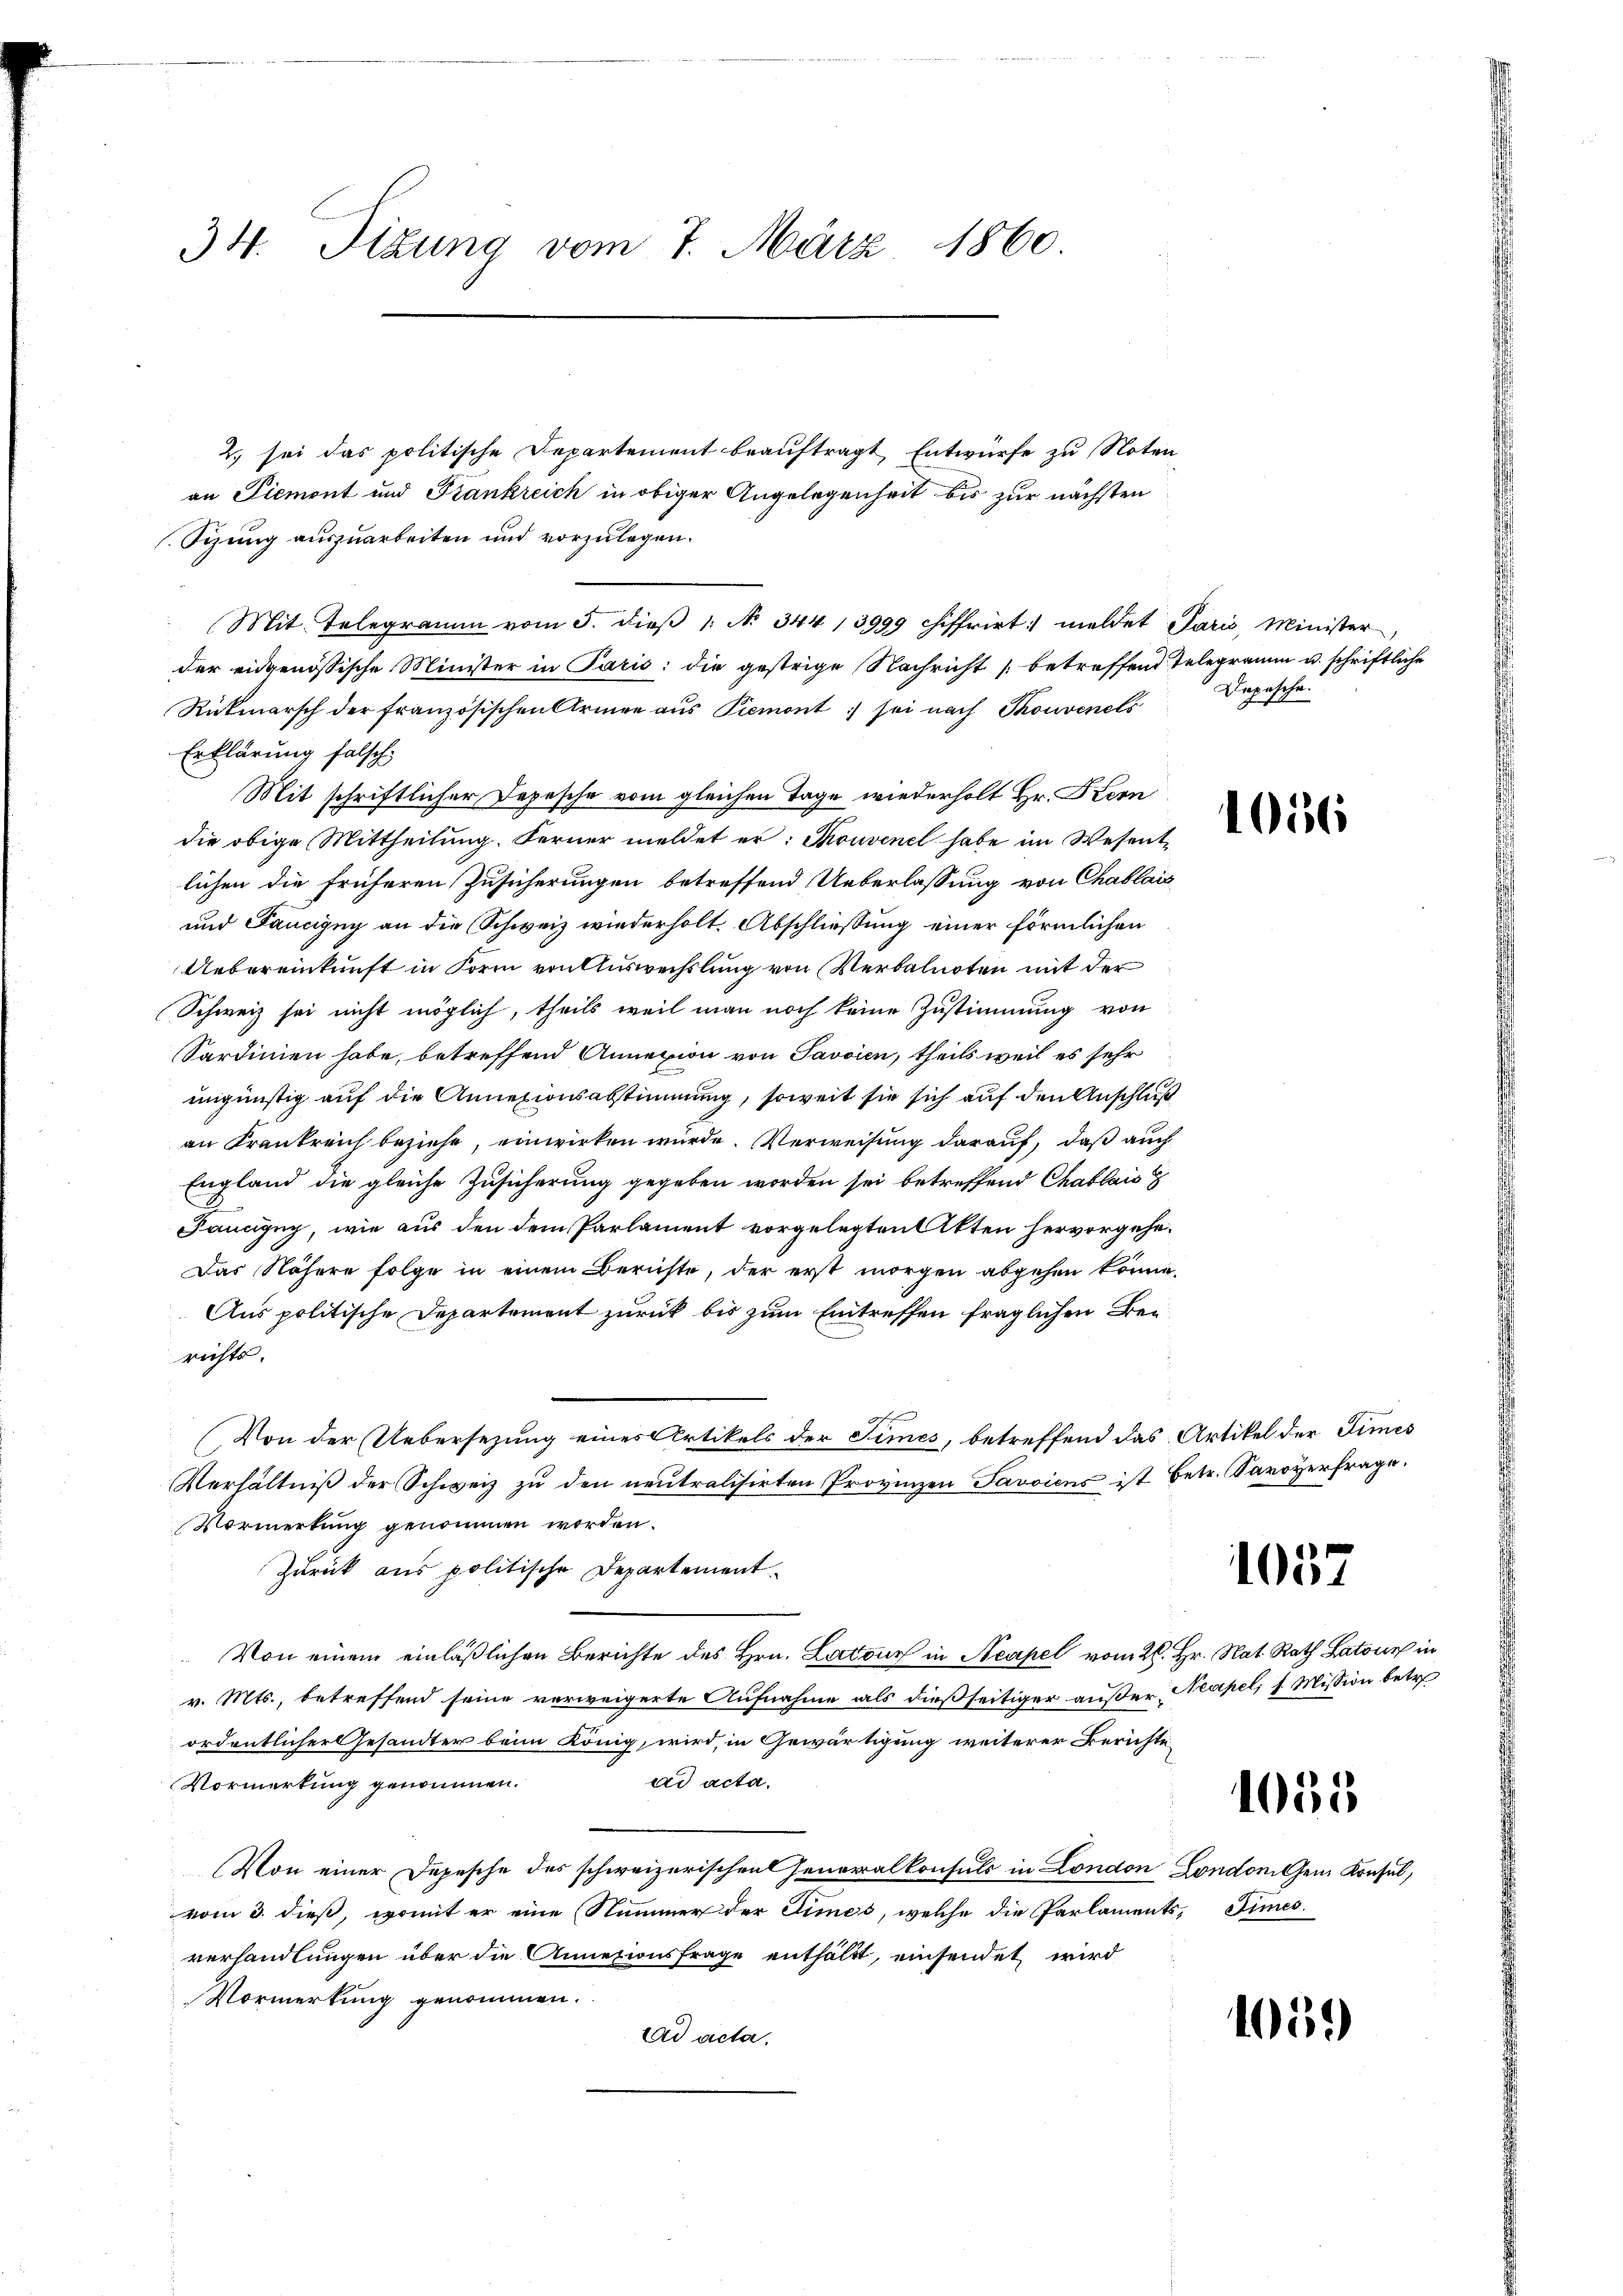
34. Sitzung vom 7. März 1860.

2. sei das politische Departement beauftragt Entwürfe zu Noten-
an Piemont und Frankreich in obiger Angelegenheit bis zur nächsten
Sizung auszuarbeiten und vorzulegen.
Mit. Telegramm vom 5. dieβ 1. No. 344,3999 chiffrirt meldet Paris Minister
der eidgenössische Minister in Paris; die gestrige Nachricht betreffend Telegramm u. schriftliche
Rückmarsch der französischen Armee aus Piemont sei nach Thonvenels
Erklärung falsch
Mit schriftlicher Depesche vom gleichen Tage wiederholt Hr. Kern
die obige Mittheilung. Ferner meldet er: Thouvenel habe im Wesentlichen die früheren Zusicherungen betreffend Ueberlassung von Chablais
und Taucigny an die Schweiz wiederholt. Abschließung einer förmlichen
Uebereinkunft in Form von Auswechslung von Verbalnoten mit der
Schweiz sei nicht möglich, theils weil man noch keine Zustimmung von
Sardinien habe, betreffend Annexion von Savoien, theils weil es sehr
ungünstig auf die Annexionsabstimmung, soweit sie sich auf den Anschluß
an Krankreich beziehe, einwirken würde. Verweisung darauf, daß auch
England die gleiche Zusicherung gegeben worden sei betreffend Chablais
Pancigny, wie aus den dem Parlament vorgelegten Akten hervorgehe.
Das Nähere folge in einem Berichte, der erst morgen abgehen könne,
Aus politische Departement zurück bis zum Eintreffen fraglichen Berichts.
(Von der Uebersezung eines Artikels der Simes, betreffend das Artikel der Times
Verhältniβ der Schweiz zu den neutralisirten Provinzen Javoicus ist betr. Savoyerfrage.
Vormerkung genommen worden.
Zurück aus politische Departement.
Von einem einläßlichen Berichte des Hrn. Latour in Neapel vom 26. Hr. Nat. Rath Latone in
v. Mts., betreffend seine verweigerte Aufnahme als dießseitiger außer Neapel, s. Mission betr
ordentlicher Gesandter beim König, wird, in Gewärtigung weiterer Berichte
ad acta.
Vormerkung genommen.
Von einer Depesche des schweizerischen Generalkonsuls in London Londoni chem Konsul,
vom 3. dieß, womit er eine Nummer der Times, welche die Parlaments, Times.
verhandlungen über die Annationsfrage enthältt, einsendet wird
Vormerkung genommen.
tad acta,

Depesche

1056

1057

1055

105)